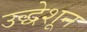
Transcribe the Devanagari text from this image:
उद्धेशून